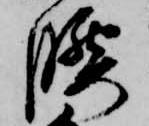
腰